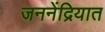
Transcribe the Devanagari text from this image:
जननेंद्रियात